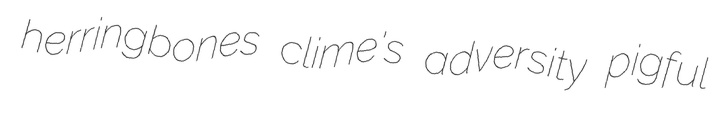
herringbones clime's adversity pigful